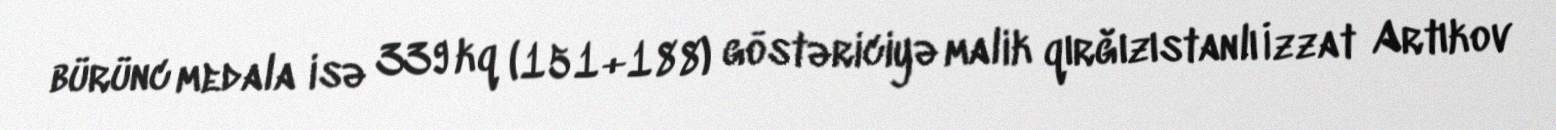
bürünc medala isə 339 kq (151+188) göstəriciyə malik qırğızıstanlı İzzat Artıkov